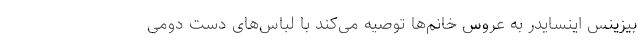
بیزینس اینسایدر به عروس خانم‌ها توصیه می‌کند با لباس‌های دست دومی